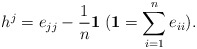
\begin{align*}h^{j}=e_{jj}-\frac{1}{n}{\bf 1}\;({\bf 1}=\sum_{i=1}^{n}e_{ii}).\end{align*}